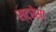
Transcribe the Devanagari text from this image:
स्ट्रेसा